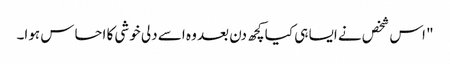
" اس شخص نے ایسا ہی کیا کچھ دن بعد وہ اسے دلی خوشی کا احساس ہوا۔